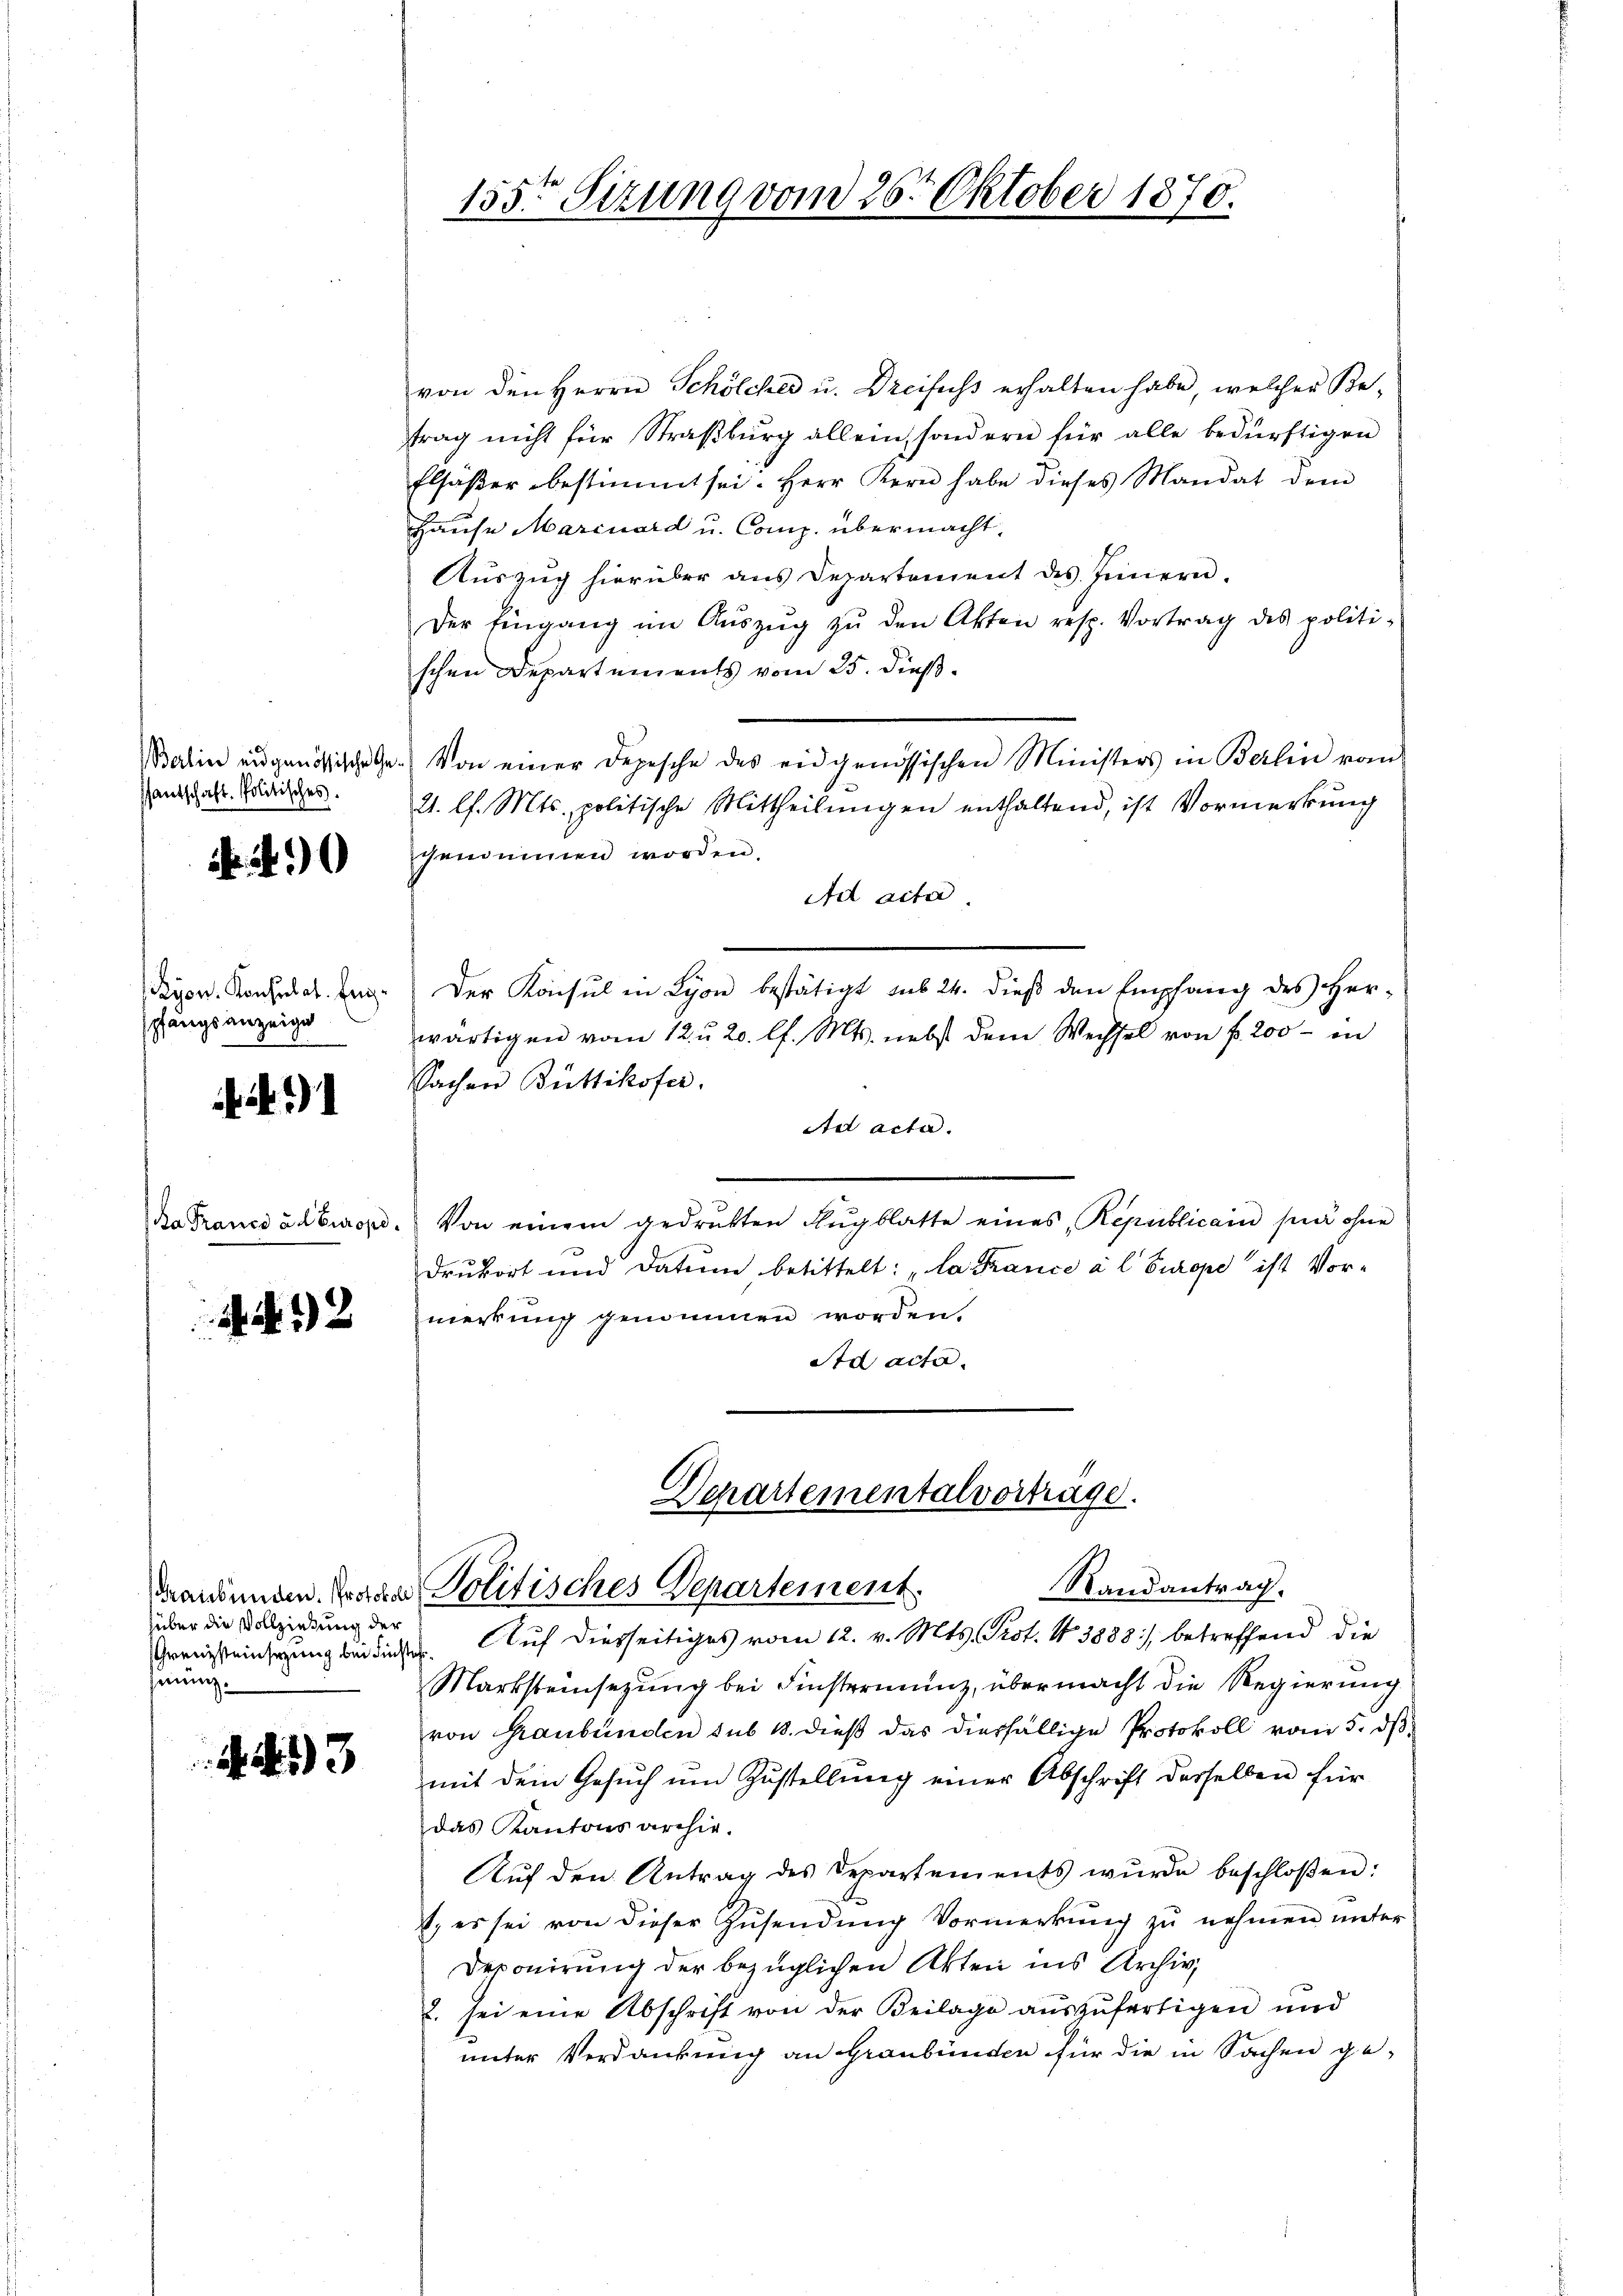
santschaft. Politisches.

spfangsanzeige

)

12

von den Herrn Schölcher u. Dreifuss erhalten habe, welcher Betrag nicht für Straßburg allein, sondern für alle bedürftigen
Elsäβer bestimmt sei. Herr Kern habe dieses Mandat dem
Hause Marcuard u. Comp. übermacht.
Aŭszŭg hierüber aus Departement des feinern.
Der Eingang im Aŭszŭg zŭ den Akten resp. Vortrag des politi-
schen Departements vom 25. dieß.
Batin angenössische Ges. Von einer Depesche des eidgenössischen Ministers in Berlin vom
2. l. Mts. politische Mittheilungen enthaltend, ist Vormerkung
it) genommen worden.
Ad acta.
Kin. Konzedel. E. Der Konsul in Lyon bestätigt aus 24. dieβ den Empfang des Her-
wärtigen vom 12. 20. l. Mts. nebst dem Wechsel von f. 200 in
Sachen Büttikofer.
Ad acta.
Da Francs action. Von einem gedrükten Aŭgblatte eines Republicain paar ohne
Drukort und Datum betittelt: „la France à l Europe ist Vormerkung genommen worden.
Ad acta.

Graubünden. Protokoll
hüber die Vollziehung der
Grenzsteinsezung bei Finst
hinung.

3

155ten Sizung vom 26. Oktober 1870.

Departementalvorträge.
Randantrag.
Politisches Departement.

Auf diesseitiges vom 12. v. Mts. Prot. N. 3888), betreffend die
s
Marksteinsezung bei Finsternung, übermacht die Regierung
von Graubünden sub 18. dieß das diesfällige Protokoll vom 5. ds.
mit dem Gesŭch ŭm Zŭstellŭng einer Abschrift derselben für
Das Kantons archiv.
Aŭf den Antrag des Departements wŭrde beschloßen:
s, es sei von dieser Zusendung Vormerkung zu nehmen unter
Deponirung der bezüglichen Akten ins Archiv,
2. sei eine Abschrift von der Beilage auszufertigen und
unter Verdankung an Graubünden für die in Sachen ge-